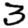
Digit: 3